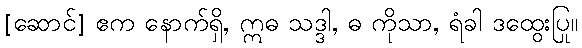
[ဆောင်] ဧက နောက်ရှိ, ဣဓ သဒ္ဒါ, ဓ ကိုသာ, ရံခါ ဒထွေးပြု။